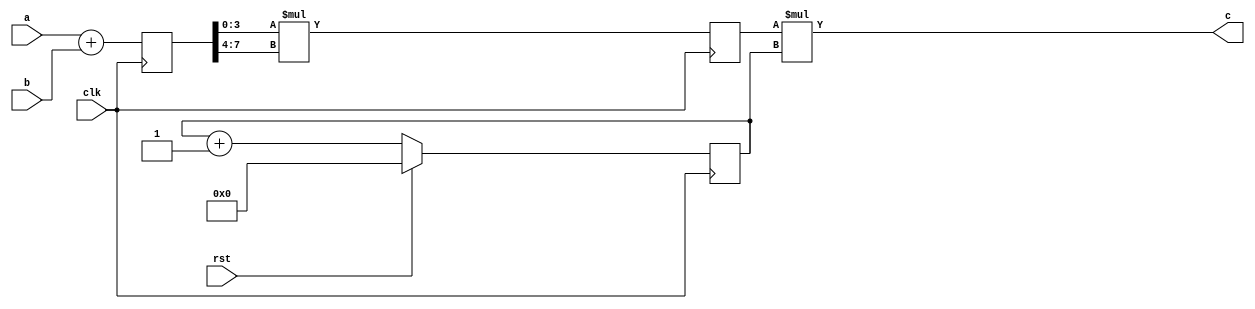
module test1( a, b, c, clk, rst );
    input  [7:0] a;
    input  [7:0] b;
    input        clk;
    input        rst;
    output [7:0] c;

    reg    [7:0] p1, next_p1;
    reg    [7:0] p2, next_p2;
    reg    [7:0] counter, next_counter;

    always@(*) begin
        if( rst )
            next_counter = 8'd0;
        else
            next_counter = counter + 8'd1;
    end

    always@(*) begin
        next_p1 = a + b;
    end

    always@(*) begin
        next_p2 = { 4'b0, p1[3:0] } * { 4'b0, p1[7:4] }; 
    end

    assign c = p2 * counter;

    always@( posedge clk ) begin 
        p1 = next_p1;
        p2 = next_p2;
        counter = next_counter;
    end


endmodule